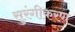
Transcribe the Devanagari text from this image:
सुरंगीकरण